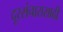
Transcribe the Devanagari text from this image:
दूरसंचारासाठी